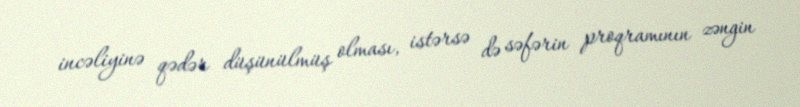
incəliyinə qədər düşünülmüş olması, istərsə də səfərin proqramının zəngin